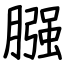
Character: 膙